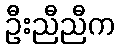
ဦးညီညီက